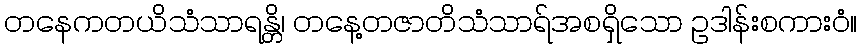
တနေကတယိသံသာရန္တိ၊ တနေ့တဇာတိသံသာရ်အစရှိသော ဥဒါန်းစကားဝံ။